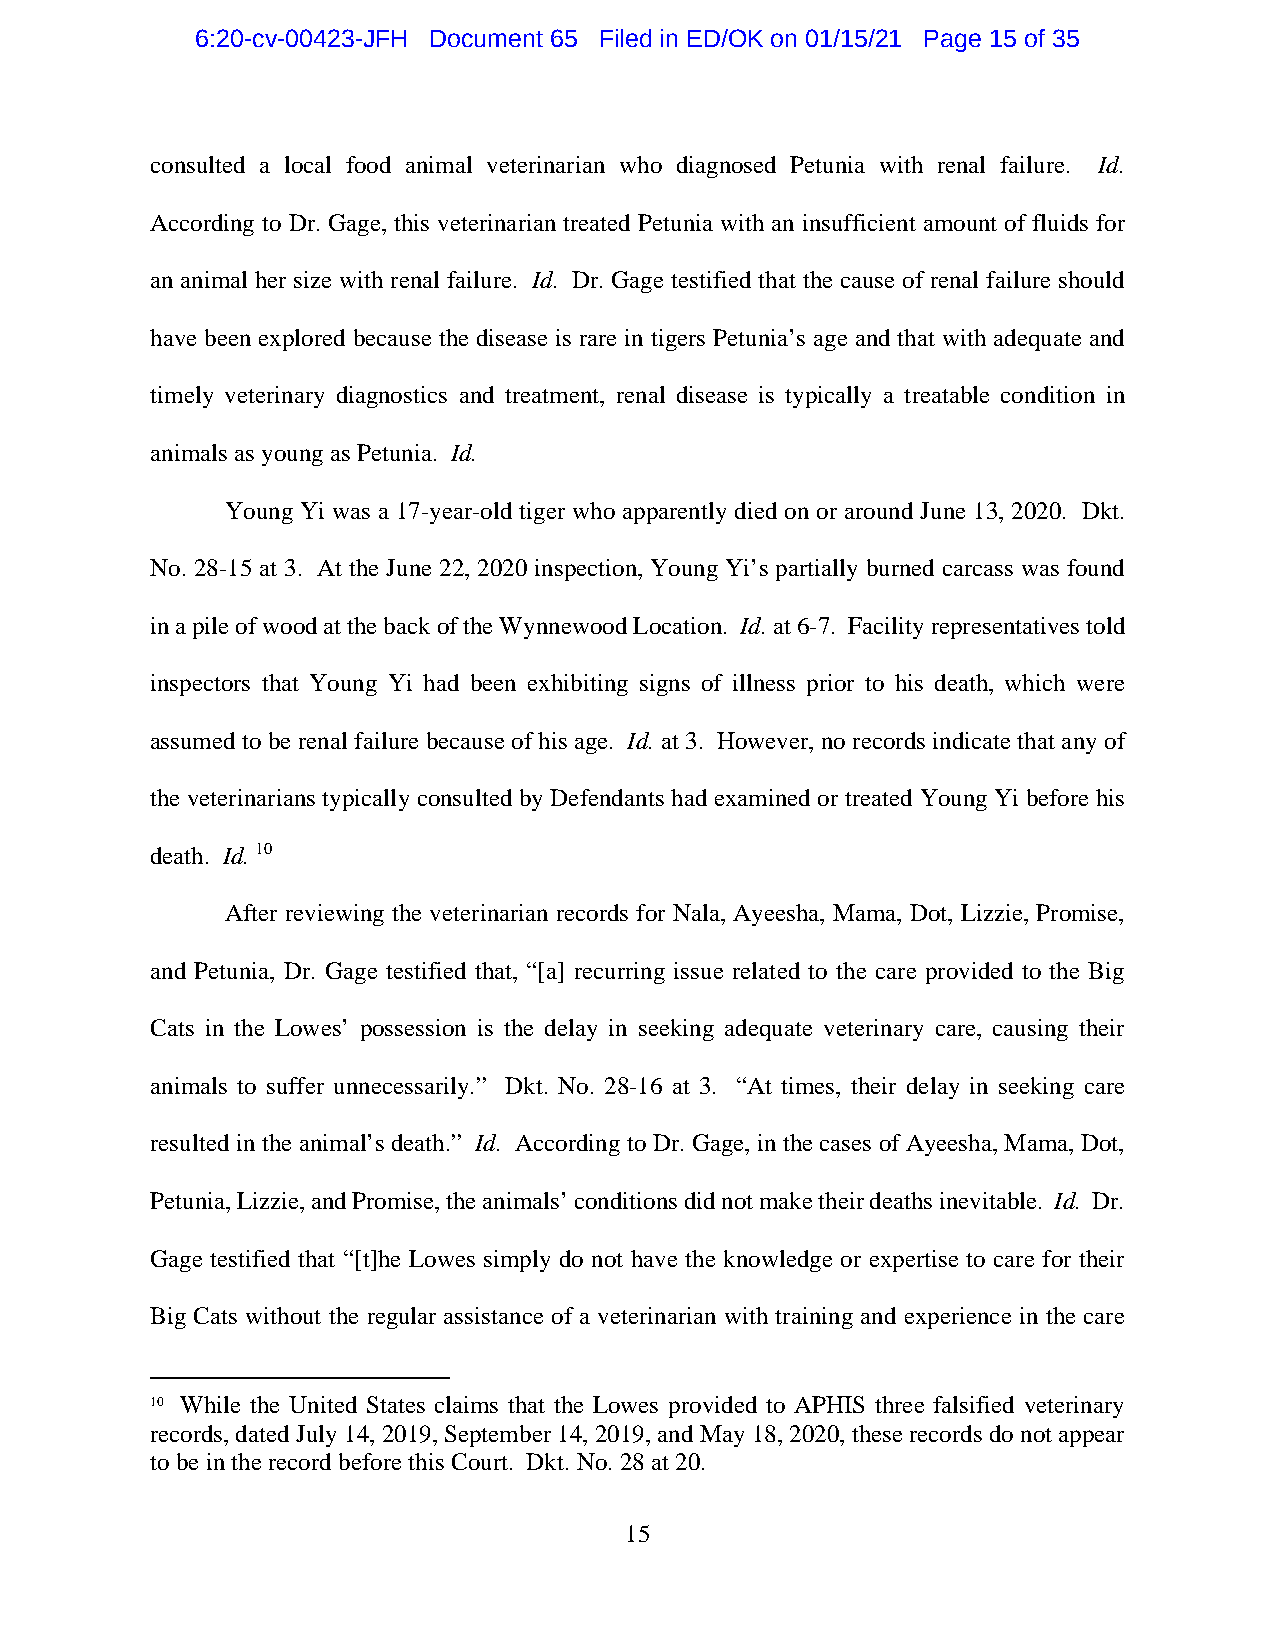
6:20-cv-00423-JFH Document 65 Filed in ED/OK on 01/15/21 Page 15 of 35
 consulted a local food animal veterinarian who diagnosed Petunia with renal failure. Id.
 According to Dr. Gage, this veterinarian treated Petunia with an insufficient amount of fluids for
 an animal her size with renal failure. Id. Dr. Gage testified that the cause of renal failure should
 have been explored because the disease is rare in tigers Petunia’s age and that with adequate and
 timely veterinary diagnostics and treatment, renal disease is typically a treatable condition in
 animals as young as Petunia. Id.
 Young Yi was a 17-year-old tiger who apparently died on or around June 13, 2020. Dkt.
 No. 28-15 at 3. At the June 22, 2020 inspection, Young Yi’s partially burned carcass was found
 in a pile of wood at the back of the Wynnewood Location. Id. at 6-7. Facility representatives told
 inspectors that Young Yi had been exhibiting signs of illness prior to his death, which were
 assumed to be renal failure because of his age. Id. at 3. However, no records indicate that any of
 the veterinarians typically consulted by Defendants had examined or treated Young Yi before his
 death. Id. 10
 After reviewing the veterinarian records for Nala, Ayeesha, Mama, Dot, Lizzie, Promise,
 and Petunia, Dr. Gage testified that, “[a] recurring issue related to the care provided to the Big
 Cats in the Lowes’ possession is the delay in seeking adequate veterinary care, causing their
 animals to suffer unnecessarily.” Dkt. No. 28-16 at 3. “At times, their delay in seeking care
 resulted in the animal’s death.” Id. According to Dr. Gage, in the cases of Ayeesha, Mama, Dot,
 Petunia, Lizzie, and Promise, the animals’ conditions did not make their deaths inevitable. Id. Dr.
 Gage testified that “[t]he Lowes simply do not have the knowledge or expertise to care for their
 Big Cats without the regular assistance of a veterinarian with training and experience in the care
 10 While the United States claims that the Lowes provided to APHIS three falsified veterinary
 records, dated July 14, 2019, September 14, 2019, and May 18, 2020, these records do not appear
 to be in the record before this Court. Dkt. No. 28 at 20.
 15